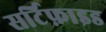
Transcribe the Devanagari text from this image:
सर्टिफ़ाइड